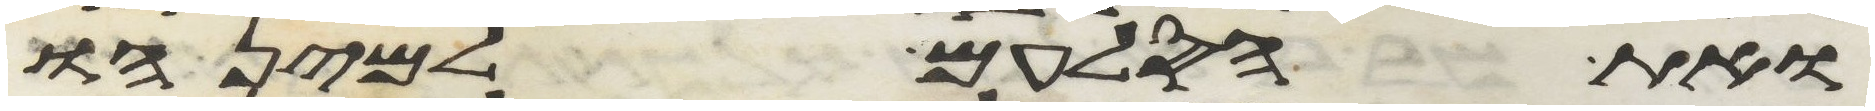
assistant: ואת הסלעם למינהו